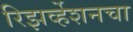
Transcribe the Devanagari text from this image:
रिझर्व्हेशनचा